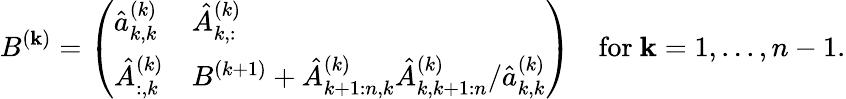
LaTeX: B^{(\mathbf{k})}=\left(\begin{array}{ll}{\hat{a}_{k,k}^{(k)}}&{\hat{A}_{k,:}^{(k)}}\\ {\hat{A}_{:,k}^{(k)}}&{B^{(k+1)}+\hat{A}_{k+1:n,k}^{(k)}\hat{A}_{k,k+1:n}^{(k)}/\hat{a}_{k,k}^{(k)}}\end{array}\right)\quad\mathrm{{for~}}\mathbf{k}=1,...,n-1.